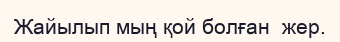
Жайылып мың қой болған  жер.